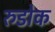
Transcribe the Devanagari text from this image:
रुडोक